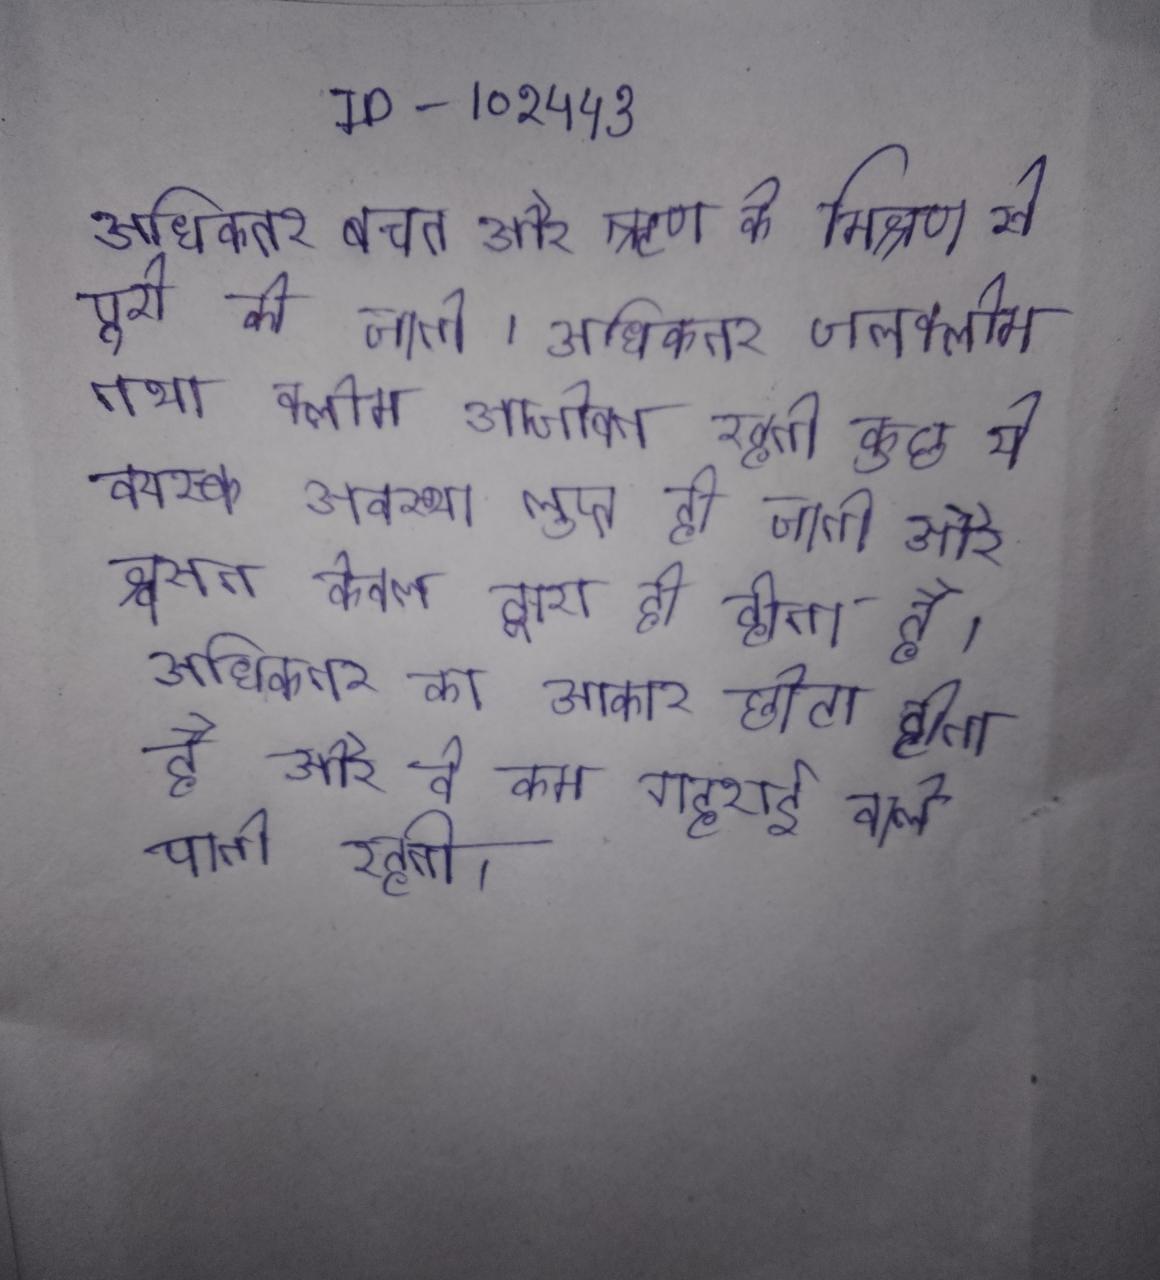
अधिकतर बचत और ऋण के मिश्रण से पूरी की जाती । अधिकतर जलक्लोम तथा क्लोम आजीवन रहती कुछ ये वयस्क अवस्था लुप्त हो जाती और श्वसन केवल द्वारा ही होता है । अधिकतर का आकार छोटा होता है और वे कम गहराई वाले पानी रहती ।